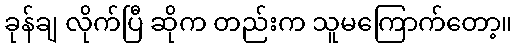
ခုန်ချ လိုက်ပြီ ဆိုက တည်းက သူမကြောက်တော့။